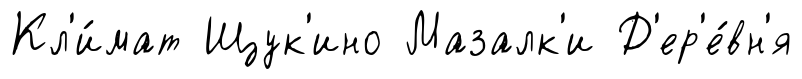
Кл'и́мат Щук'ино Мазалк'и Д'ер'е́вн'я